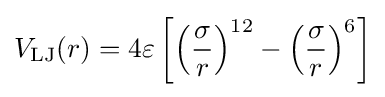
V_{\mathrm {LJ} }(r)=4\varepsilon \left[\left({\frac {\sigma }{r}}\right)^{12}-\left({\frac {\sigma }{r}}\right)^{6}\right]